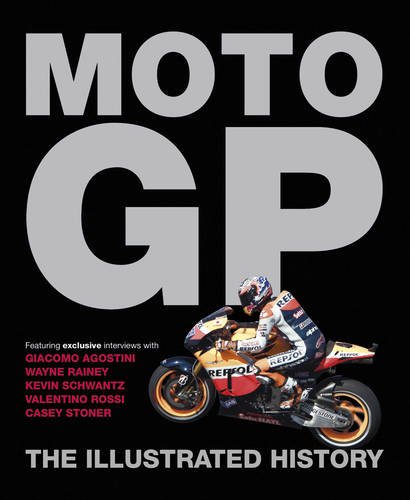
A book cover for Moto GP: The Illustrated History; Michael Scott; Sports & Outdoors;